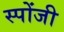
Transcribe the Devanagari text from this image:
स्पोंजी